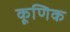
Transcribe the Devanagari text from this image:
कूणिक